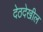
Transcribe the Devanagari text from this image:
देठदेखील